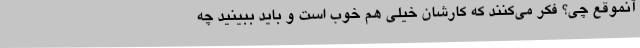
آنموقع چی؟ فکر می‌کنند که کارشان خیلی هم خوب است و باید ببینید چه